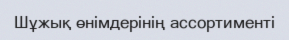
Шұжық өнімдерінің ассортименті